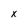
Character: x